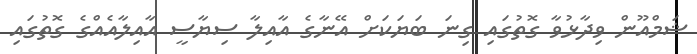
ޝަމްއޫން ވިދާޅުވާ ގޮތުގައި ގިނަ ބަޔަކަށް އޭނާގެ އާއިލާ ސިޔާސީ އާއިލާއެއްގެ ގޮތުގައި